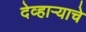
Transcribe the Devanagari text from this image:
देव्हाऱ्याचे